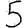
Digit: 5